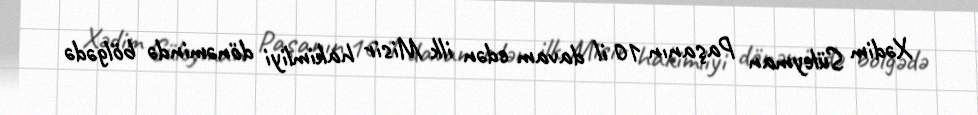
Xədim Süleyman Paşanın 10 il davam edən ilk Misir hakimliyi dönəmində bölgədə